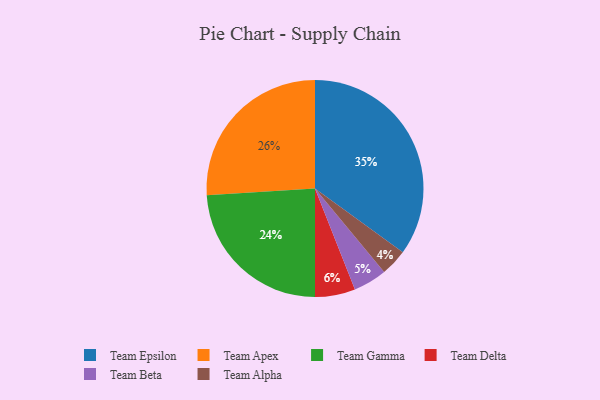
{"axis": {"x": "Category", "y": "Percentage"}, "legend": ["Team Alpha", "Team Apex", "Team Beta", "Team Delta", "Team Epsilon", "Team Gamma"], "data": [{"x": "Team Gamma", "y": 24, "type": "Team Gamma"}, {"x": "Team Alpha", "y": 4, "type": "Team Alpha"}, {"x": "Team Epsilon", "y": 35, "type": "Team Epsilon"}, {"x": "Team Delta", "y": 6, "type": "Team Delta"}, {"x": "Team Beta", "y": 5, "type": "Team Beta"}, {"x": "Team Apex", "y": 26, "type": "Team Apex"}]}